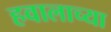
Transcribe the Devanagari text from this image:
हवालाच्या